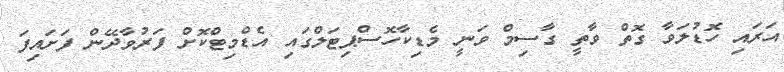
އަރައި ހޮޑުލަވާ ގޮތް ވާތީ ގާސިމް ވަނީ މެޑިކާހޮސްޕިޓަލްގައި އެޑްމިޓްކޮށް ފަރުވާދޭން ފަށައިފަ